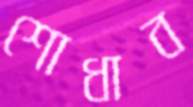
শোধাব